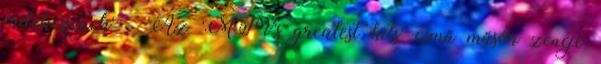
érdekességek' » Az 'MTV's greatest hits' című műsor zenéje